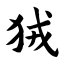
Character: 狨